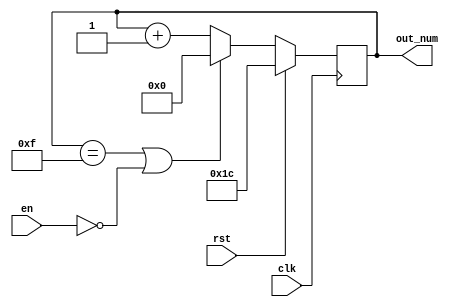
`timescale 1ns / 1ps
//////////////////////////////////////////////////////////////////////////////////
// Company: 
// Engineer: 
// 
// Design Name: 
// Module Name: cnt_s2
// Project Name: 
// Target Devices: 
// Tool Versions: 
// Description: 
// 
// Dependencies: 
// 
// Revision:
// Revision 0.01 - File Created
// Additional Comments:
// 
//////////////////////////////////////////////////////////////////////////////////


module cnt_s2(
                clk,
                rst,
                en,
                out_num
                );
    input clk;
    input rst;
    input en;
    output signed [4:0] out_num;
    reg signed [4:0] out_num;
    
    always@(posedge clk) begin
        if (rst)
            out_num <= - 5'd4;
        else if (out_num == 5'd15 || en == 0)
            out_num <= 0;
        else
            out_num <= out_num + 5'd1;
    end
endmodule